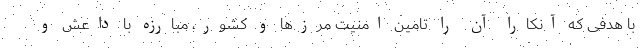
با هدفی که آنکارا آن را تامین امنیت مرزها و کشور، مبارزه با داعش و